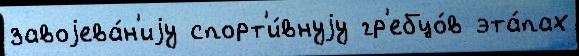
завоjева́н'иjу спорт'и́внуjу гр'ебцо́в эта́пах